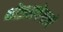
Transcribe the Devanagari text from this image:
थोड्यावेळाने